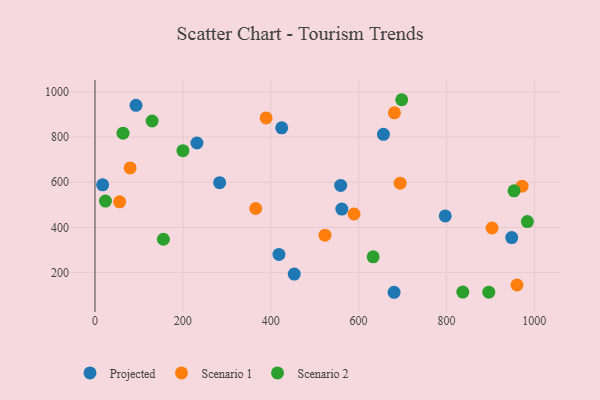
{"axis": {"x": "Speed", "y": "Demand"}, "legend": ["Projected", "Scenario 1", "Scenario 2"], "data": [{"x": "561.8", "y": 481.3, "type": "Projected"}, {"x": "797.2", "y": 450.7, "type": "Projected"}, {"x": "17.4", "y": 588.5, "type": "Projected"}, {"x": "559.2", "y": 585.8, "type": "Projected"}, {"x": "425.0", "y": 840.8, "type": "Projected"}, {"x": "418.7", "y": 280.6, "type": "Projected"}, {"x": "453.5", "y": 193.6, "type": "Projected"}, {"x": "948.5", "y": 354.8, "type": "Projected"}, {"x": "283.7", "y": 598.2, "type": "Projected"}, {"x": "680.7", "y": 112.8, "type": "Projected"}, {"x": "232.1", "y": 773.8, "type": "Projected"}, {"x": "93.4", "y": 940.4, "type": "Projected"}, {"x": "656.5", "y": 812.1, "type": "Projected"}, {"x": "972.0", "y": 582.4, "type": "Scenario 1"}, {"x": "365.8", "y": 483.8, "type": "Scenario 1"}, {"x": "681.5", "y": 907.5, "type": "Scenario 1"}, {"x": "389.5", "y": 884.8, "type": "Scenario 1"}, {"x": "523.5", "y": 365.7, "type": "Scenario 1"}, {"x": "903.8", "y": 397.5, "type": "Scenario 1"}, {"x": "56.1", "y": 513.3, "type": "Scenario 1"}, {"x": "589.5", "y": 459.3, "type": "Scenario 1"}, {"x": "960.5", "y": 145.0, "type": "Scenario 1"}, {"x": "694.6", "y": 596.1, "type": "Scenario 1"}, {"x": "80.0", "y": 663.6, "type": "Scenario 1"}, {"x": "896.3", "y": 113.3, "type": "Scenario 2"}, {"x": "155.7", "y": 347.6, "type": "Scenario 2"}, {"x": "633.1", "y": 269.8, "type": "Scenario 2"}, {"x": "698.1", "y": 965.4, "type": "Scenario 2"}, {"x": "953.7", "y": 561.9, "type": "Scenario 2"}, {"x": "130.1", "y": 871.2, "type": "Scenario 2"}, {"x": "837.1", "y": 113.9, "type": "Scenario 2"}, {"x": "200.2", "y": 739.9, "type": "Scenario 2"}, {"x": "984.1", "y": 425.9, "type": "Scenario 2"}, {"x": "63.8", "y": 817.3, "type": "Scenario 2"}, {"x": "23.8", "y": 516.8, "type": "Scenario 2"}]}